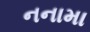
નનામા